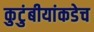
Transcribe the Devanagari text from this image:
कुटुंबीयांकडेच